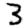
Digit: 3